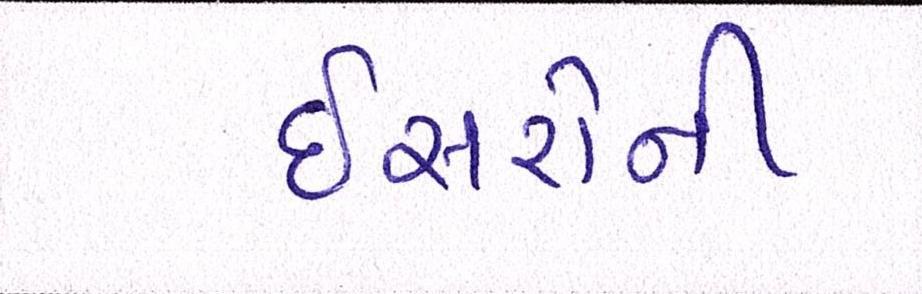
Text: ઇસરોની